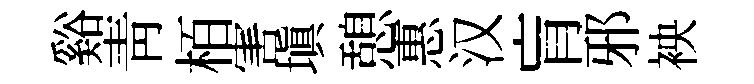
谿靑栢害塡憩惠汉肓邪䘧